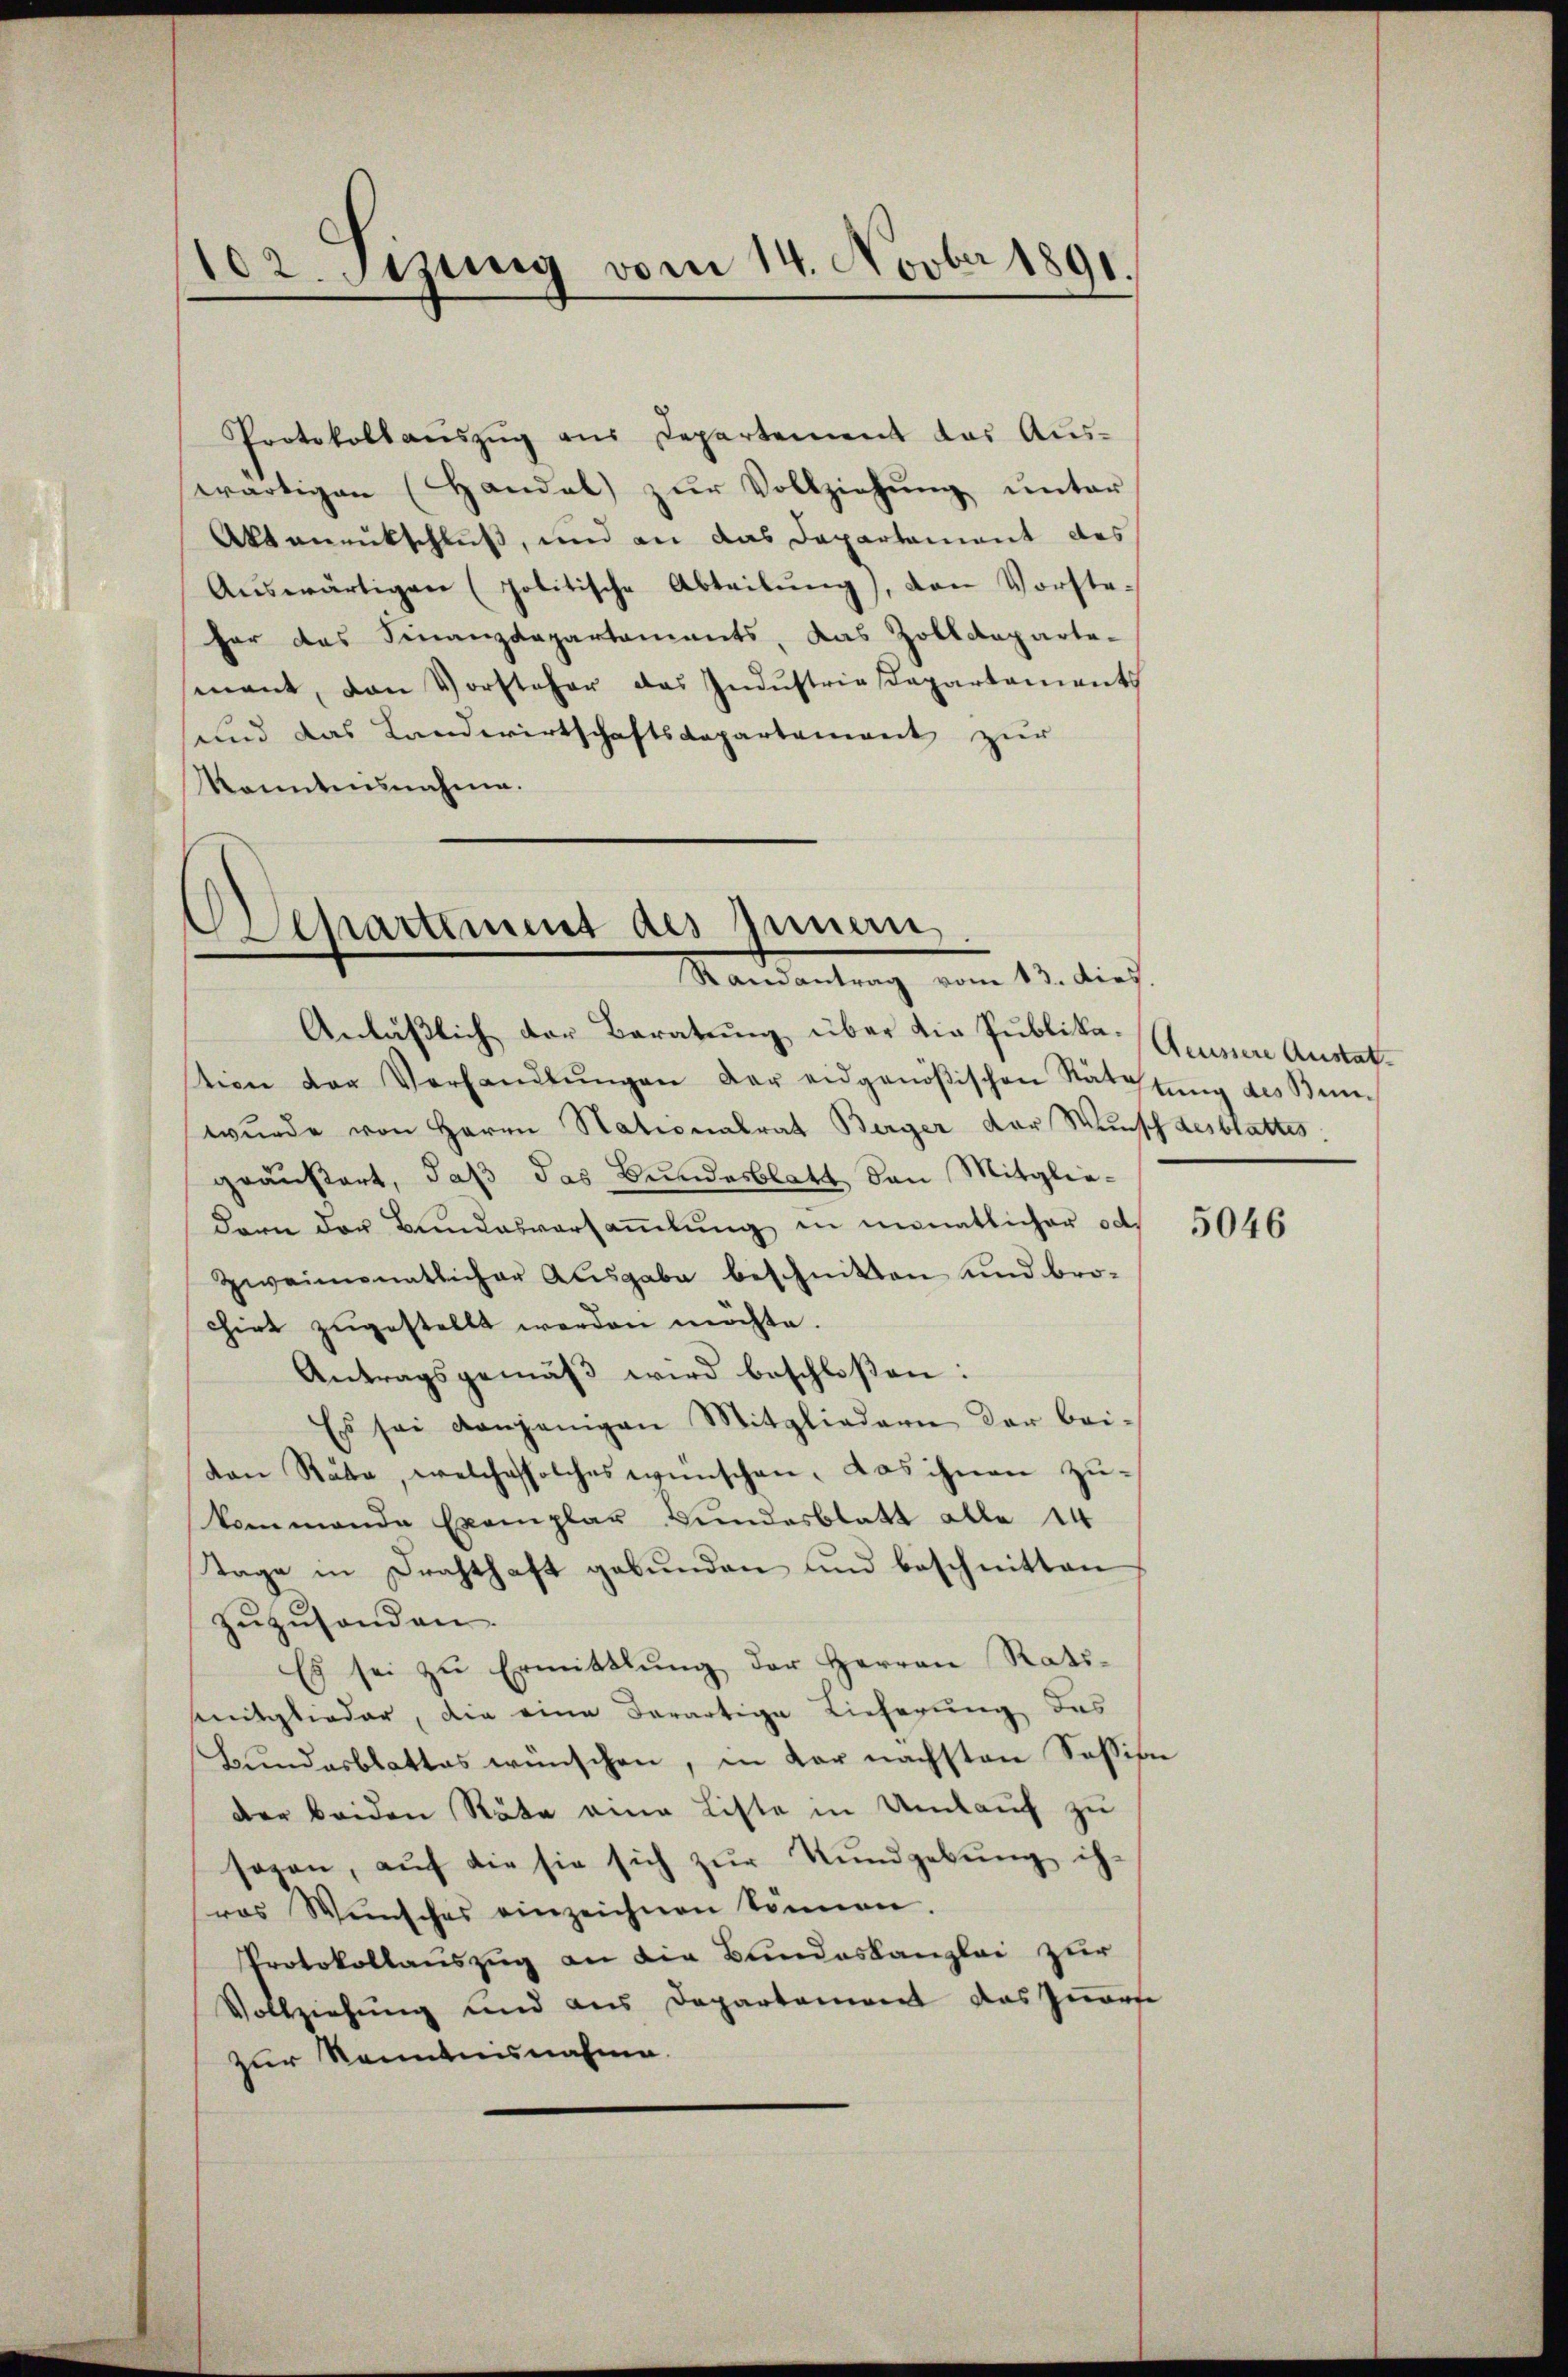
102. Setzung vom 14. Novber 1891.

Protokollaŭszŭg aŭs Departement das Aŭs-
wärtigen (Handel zur Vollziehung unter
Aktanentschluß, und an das Departement des
Auswärtigen (politische Abteilung), den Vorsteher das Finanzdepartaments, das Zolldeparte-
senant, von Vorsteher das Indŭstrie Departaments
und das Landwirtschaftsdepartement zur
Konntnisnahme.

Olhartiment des Innern,
Mandantung vom 13. die
Anläßlich der Beratung über die Publika-Aeussere Austat¬

stion der Verhandlŭngen der eidgenößischen Rättŭng des Bunwŭrde von Herrn Stationalrat Berger der Wunsch desblattes.
geäußert, daß das Bundesblatt von Mitglie-
dern der Bundesversammlung in monatlicher od.
zweimonatlicher Ausgabe beschnitten und bro-
chirt zugestellt werden möchte.
Antragsgemäß wird beschloßen:
Es sei denjenigen Mitgliedern der bei-
von Räte, welches solches wünschen, das ihnen zukommende Exemplar Bundesblatt alle 14
Tage in Drahthaft gebunden und beschnitten
zuzusonden.
Es sei zŭ Ermittlung der Herren Rati-
smitglieder, die eine derartige Lieferung des
Bundesblattes wünschen, in der nächsten Session
der beiden Räte eine Liste in Umlauf zu
sagen, aŭf die sie sich zŭr Rundgebung ih-
ras Wünsches einzeichnen können.
Protokollauszug an die Bundeskanzlei zur
Vollziehung und aus Departement das Innerse
zur Kenntnisnahme.

5046